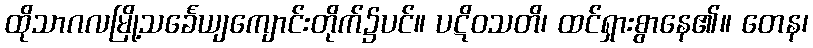
ထိုသာဂလမြို့သင်္ခေယျကျောင်းတိုက်၌ပင်။ ပဋိဝသတိ၊ ထင်ရှားစွာနေ၏။ တေန၊